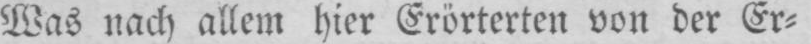
Was nach allem hier Erörterten von der Er⸗